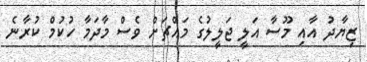
ޒިޔާދު އާއި މޫސާ އަލީ ޖަލީލުގެ މައްޗަށް ވެސް މާދަމާ ހުކުމް ކުރާނެ